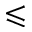
\leqslant